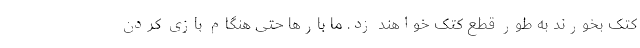
کتک بخورند به طور قطع کتک خواهند زد. ما بارها حتی هنگام بازی کردن